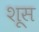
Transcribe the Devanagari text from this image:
शूस